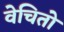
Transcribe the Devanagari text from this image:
वेचितो